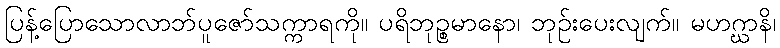
ပြန့်ပြောသောလာဘ်ပူဇော်သက္ကာရကို။ ပရိဘုဉ္စမာနော၊ ဘုဉ်းပေးလျက်။ မဟဂ္ဃာနိ၊